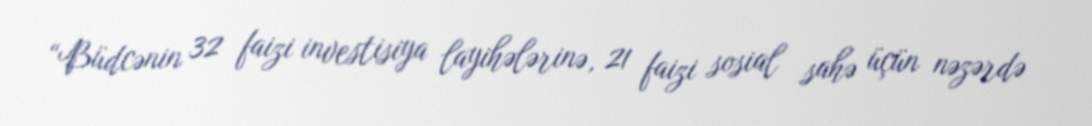
“Büdcənin 32 faizi investisiya layihələrinə, 21 faizi sosial sahə üçün nəzərdə